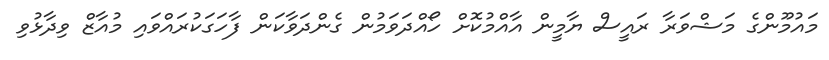
މައުމޫންގެ މަޝްވަރާ ރައީސް ޔާމީން އާއްމުކޮށް ހޯއްދަވަމުން ގެންދަވާކަން ފާހަގަކުރައްވައި މުއާޒް ވިދާޅުވި